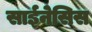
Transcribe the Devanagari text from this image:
साईनेसिस